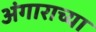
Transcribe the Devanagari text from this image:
अंगाराच्या